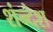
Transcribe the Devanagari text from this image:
शंन्देश